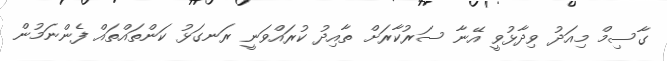
ގާސިމް މިއަދު ވިދާޅުވީ އޭނާ ސަރުކާރަށް ތާއިދު ކުރައްވަނީ ރަނގަޅު ކަންތައްތައް ފެންނަމުން